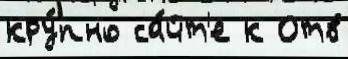
кру́пно са́йт'е к Отв